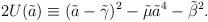
LaTeX: \begin{align*}2U(\tilde a) \equiv (\tilde a-{\tilde \gamma})^2 -\tilde \mu {\tilde a}^4 - {\tilde \beta}^2.\end{align*}